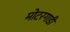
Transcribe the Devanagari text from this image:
मोटरगाडी